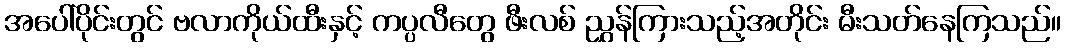
အပေါ်ပိုင်းတွင် ဗလာကိုယ်ထီးနှင့် ကပ္ပလီတွေ ဖီးလစ် ညွှန်ကြားသည့်အတိုင်း မီးသတ်နေကြသည်။